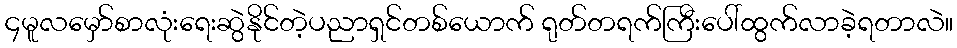
၄မူလမှော်စာလုံးရေးဆွဲနိုင်တဲ့ပညာရှင်တစ်ယောက် ရုတ်တရက်ကြီးပေါ်ထွက်လာခဲ့ရတာလဲ။